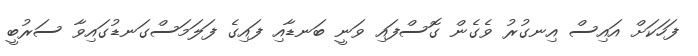
ފަހަކަށް އައިސް އިނގުރު ވެގެން ގޮސްފައި ވަނީ ބަނޑާއި ފައިގެ ފަލަމަސްގަނޑުގައިވާ ސަރުބީ